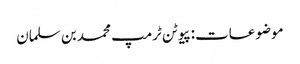
موضوعات:پیوٹن ٹرمپ محمد بن سلمان